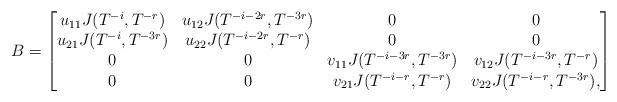
LaTeX: \begin{align*}B=\begin{bmatrix}u_{11}J(T^{-i},T^{-r})&u_{12}J(T^{-i-2r},T^{-3r})&0&0\\u_{21}J(T^{-i},T^{-3r})&u_{22}J(T^{-i-2r},T^{-r})&0&0\\0&0&v_{11}J(T^{-i-3r},T^{-3r})&v_{12}J(T^{-i-3r},T^{-r})\\0&0&v_{21}J(T^{-i-r},T^{-r})&v_{22}J(T^{-i-r},T^{-3r}),\end{bmatrix}\end{align*}